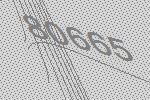
80665